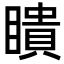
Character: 瞶